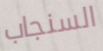
السنجاب